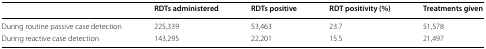
|  | RDTs administered | RDTs positive | RDT positivity (%) | Treatments given |
 | --- | --- | --- | --- | --- |
 | During routine passive case detection | 225,339 | 53,463 | 23.7 | 51,578 |
 | During reactive case detection | 143,295 | 22,201 | 15.5 | 21,497 |